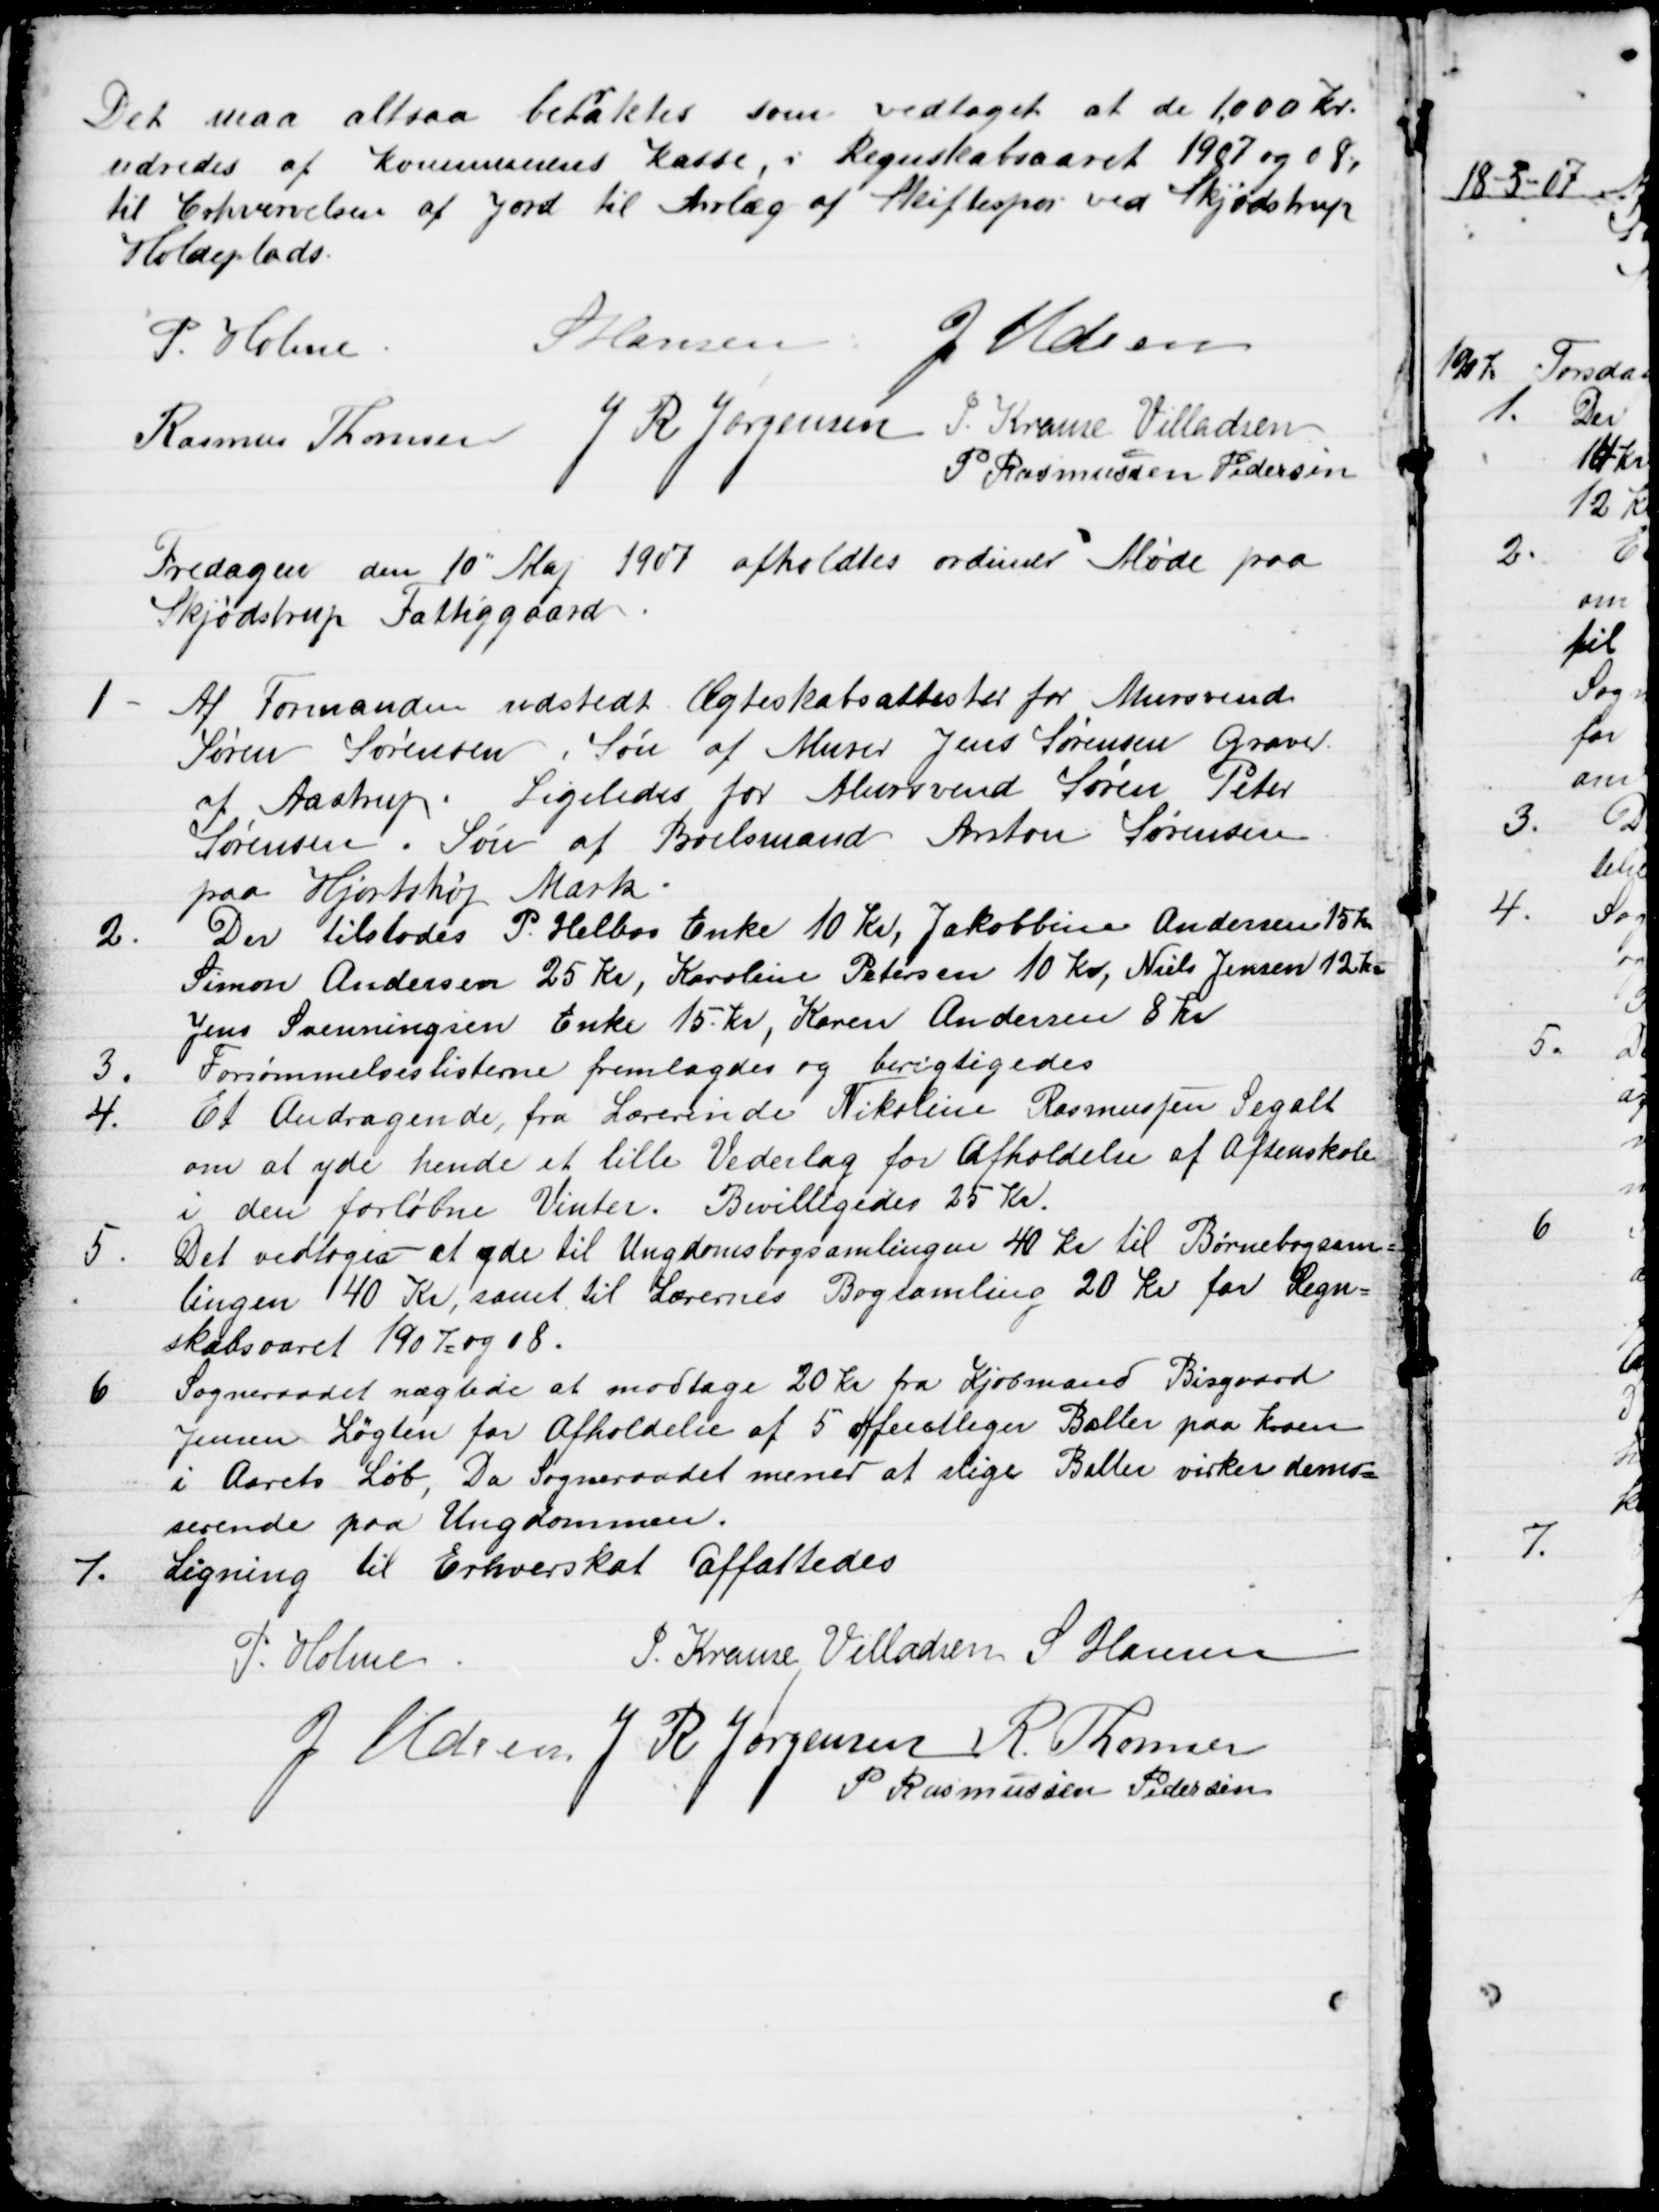
Transskription:
Det maa altsaa bet
r
aktes som vedtaget at de 1,000 Kr.
udredes af Kommunens Kasse, i Regnskabsaaret 1907 og 08,
til Erhvervelsen af Jord til Anlæg af Skiftespor ved Skjødstrup
Holdeplads.
P. Holme
S Hansen J. Udsen
Rasmus Thomsen J R Jørgensen J. Krause Villadsen
P Rasmussen Pedersen
Fredagen den 10" Maj 1907 afholdtes ordinær Møde paa
Skjødstrup Fattiggaard.
1
Af Formanden udstedt Ægteskabsattester for Mursvend
Søren Sørensen, Søn af Murer Jens Sørensen Graver
af Aastrup. Ligeledes for Mursvend Søren Peter
Sørensen, Søn af Boelsmand Anton Sørensen
paa Hjortshøj Mark
2.
Der tilstodes P. Helbos Enke 10 Kr, Jakobbine Andersen 15 Kr.
Simon Andersen 25 Kr, Karoline Petersen 10 Kr, Niels Jensen 12 Kr
Jens Svenningsen Enke 15. Kr, Karen Andersen 8 Kr
3.
Forsømmelseslisterne fremlagdes og berigtigedes
4.
Et Andragende, fra Lærerinde Nikoline Rasmussen Segalt
om at yde hende et lille Vederlag for Afholdelse af Aftenskole
i den forløbne Vinter. Bevilligedes 25 Kr.
5.
Det vedtoges at yde til Ungdomsbogsamlingen 40 Kr til Børnebogsam=
lingen 40 Kr, samt til Lærernes Bogsamling 20 Kr for Regn=
skabsaaret 1907= og 08.
6
Sogneraadet nægtede at modtage 20 Kr fra Kjøbmand Bisgaard
Jensen Løgten for Afholdelse af 5 offentliger Baller paa kroen
i Aarets Løb, Da Sogneraadet mener at slige Baller virker demo=
serende paa Ungdommen.
7.
Ligning til Erhvervskat affattedes
P. Holme
J. Krause Villadsen S Hansen
J Udsen J. R. Jørgensen R. Thomsen
P Rasmussen Pedersen